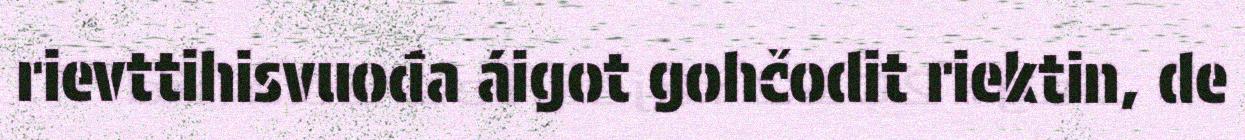
rievttihisvuođa áigot gohčodit riektin, de